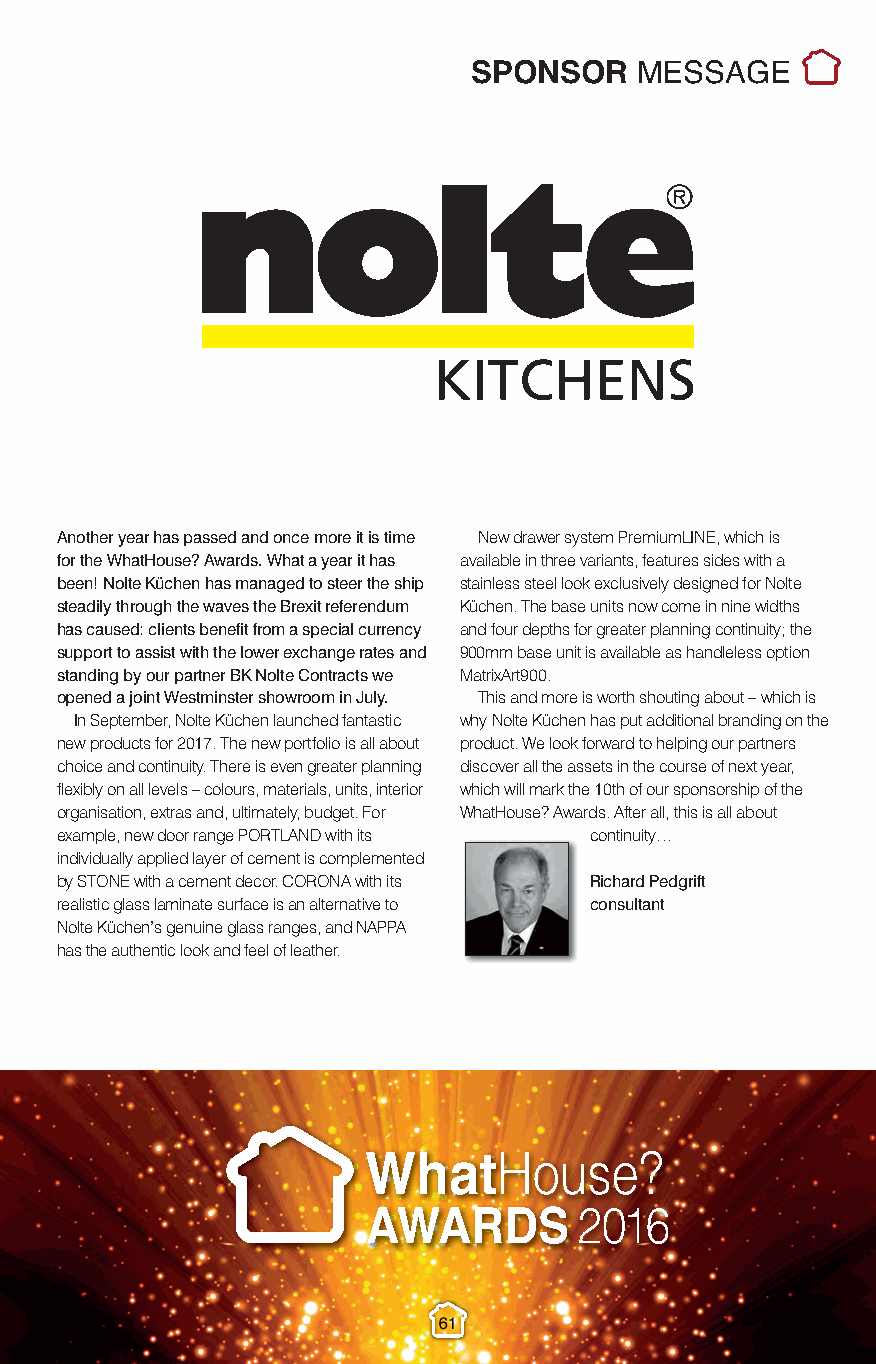
Sponsor Messages.qxp_Layout 1 10/11/2016 22:05 Page 6
 SPONSOR    MESSAGE
 KITCHENS
 Another year has passed and once more it is time New drawer system PremiumLINE, which is
 for the WhatHouse? Awards. What a year it has available in three variants, features sides with a
 been! Nolte Küchen has managed to steer the ship stainless steel look exclusively designed for Nolte
 steadily through the waves the Brexit referendum Küchen. The base units now come in nine widths
 has caused: clients benefit from a special currency and four depths for greater planning continuity; the
 support to assist with the lower exchange rates and 900mm base unit is available as handleless option
 standing by our partner BK Nolte Contracts we MatrixArt900.
 opened a joint Westminster showroom in July. This and more is worth shouting about – which is
 In September, Nolte Küchen launched fantastic why Nolte Küchen has put additional branding on the
 new products for 2017. The new portfolio is all about product. We look forward to helping our partners
 choice and continuity. There is even greater planning discover all the assets in the course of next year,
 flexibly on all levels – colours, materials, units, interior which will mark the 10th of our sponsorship of the
 organisation, extras and, ultimately, budget. For WhatHouse? Awards. After all, this is all about
 example, new door range PORTLAND with its continuity…
 individually applied layer of cement is complemented
 by STONE with a cement decor. CORONA with its Richard Pedgrift
 realistic glass laminate surface is an alternative to consultant
 Nolte Küchen’s genuine glass ranges, and NAPPA
 has the authentic look and feel of leather.
 61